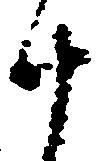
廿